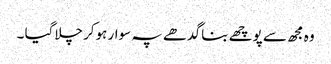
وہ مجھ سے پوچھے بنا گد ھے پہ سوار ہوکر چلاگیا ۔